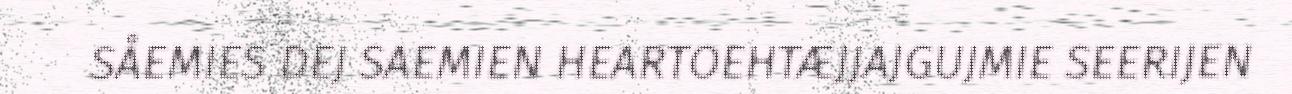
SÅEMIES DEJ SAEMIEN HEARTOEHTÆJJAJGUJMIE SEERIJEN